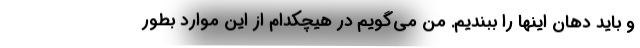
و باید دهان اینها را ببندیم. من می‌گویم در هیچکدام از این موارد بطور